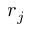
r _ { j }